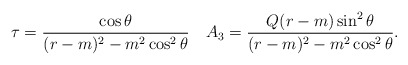
\begin{align*}\tau={\cos\theta\over (r-m)^2-m^2\cos^2\theta}\quad A_3={Q(r-m)\sin^2\theta\over (r-m)^2-m^2\cos^2\theta}.\end{align*}